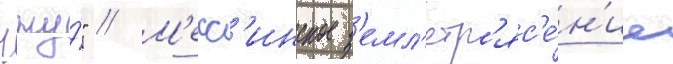
чжу́" // М'есс'инское з'емл'етр'яс'е́н'ие